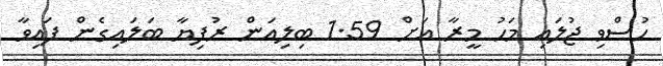
ހުސްވި ޖުލައި މަހު މީރާ އަށް 1.59 ބިލިއަން ރުފިޔާ ބަލައިގެން ފައިވާ